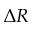
\Delta R